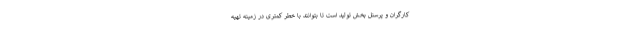
کارگران و پرسنل بخش تولید است تا بتوانند با خطر کمتری در زمینه تهیه